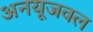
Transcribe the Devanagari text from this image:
अनयूजवल